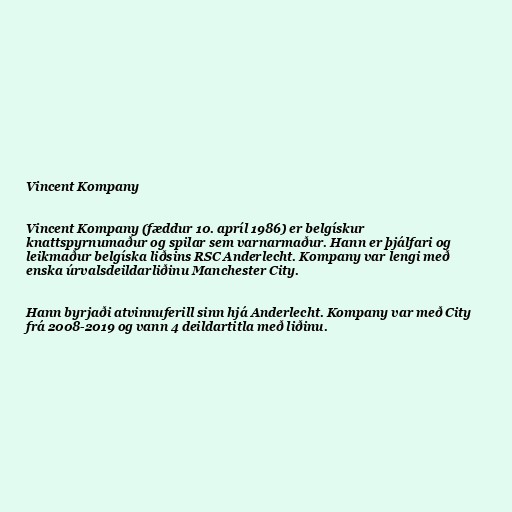
Vincent Kompany

Vincent Kompany (fæddur 10. apríl 1986) er belgískur
knattspyrnumaður og spilar sem varnarmaður. Hann er þjálfari og
leikmaður belgíska liðsins RSC Anderlecht. Kompany var lengi með
enska úrvalsdeildarliðinu Manchester City.

Hann byrjaði atvinnuferill sinn hjá Anderlecht. Kompany var með City
frá 2008-2019 og vann 4 deildartitla með liðinu.